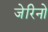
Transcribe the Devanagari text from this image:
जेरिनो